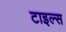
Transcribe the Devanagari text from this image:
टाइल्‍स